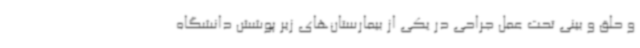
و حلق و بینی تحت عمل جراحی در یکی از بیمارستان‌های زیر پوشش دانشگاه